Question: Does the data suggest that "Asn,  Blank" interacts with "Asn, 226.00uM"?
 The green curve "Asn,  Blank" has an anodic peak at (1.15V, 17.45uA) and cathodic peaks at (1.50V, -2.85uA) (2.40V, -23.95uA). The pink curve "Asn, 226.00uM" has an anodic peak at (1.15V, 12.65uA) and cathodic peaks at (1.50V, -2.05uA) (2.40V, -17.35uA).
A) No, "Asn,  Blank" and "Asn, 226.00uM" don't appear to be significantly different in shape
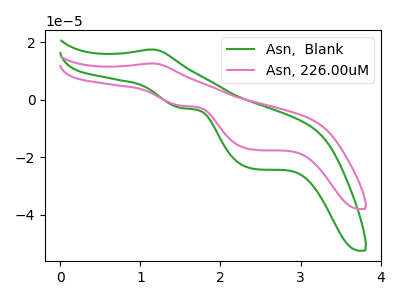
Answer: <think>All the peaks in "Asn,  Blank" have a peak in "Asn, 226.00uM" at the same potential. Every peak in "Asn,  Blank" is higher than every peak in "Asn, 226.00uM".
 </think>
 <answer>A) No, "Asn,  Blank" and "Asn, 226.00uM" don't appear to be significantly different in shape</answer>
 <eval>A</eval>